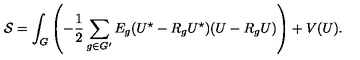
{ \cal S } = \int _ { G } \left( - \frac { 1 } { 2 } \sum _ { g \in G ^ { \prime } } E _ { g } ( U ^ { \star } - R _ { g } U ^ { \star } ) ( U - R _ { g } U ) \right) + V ( U ) .